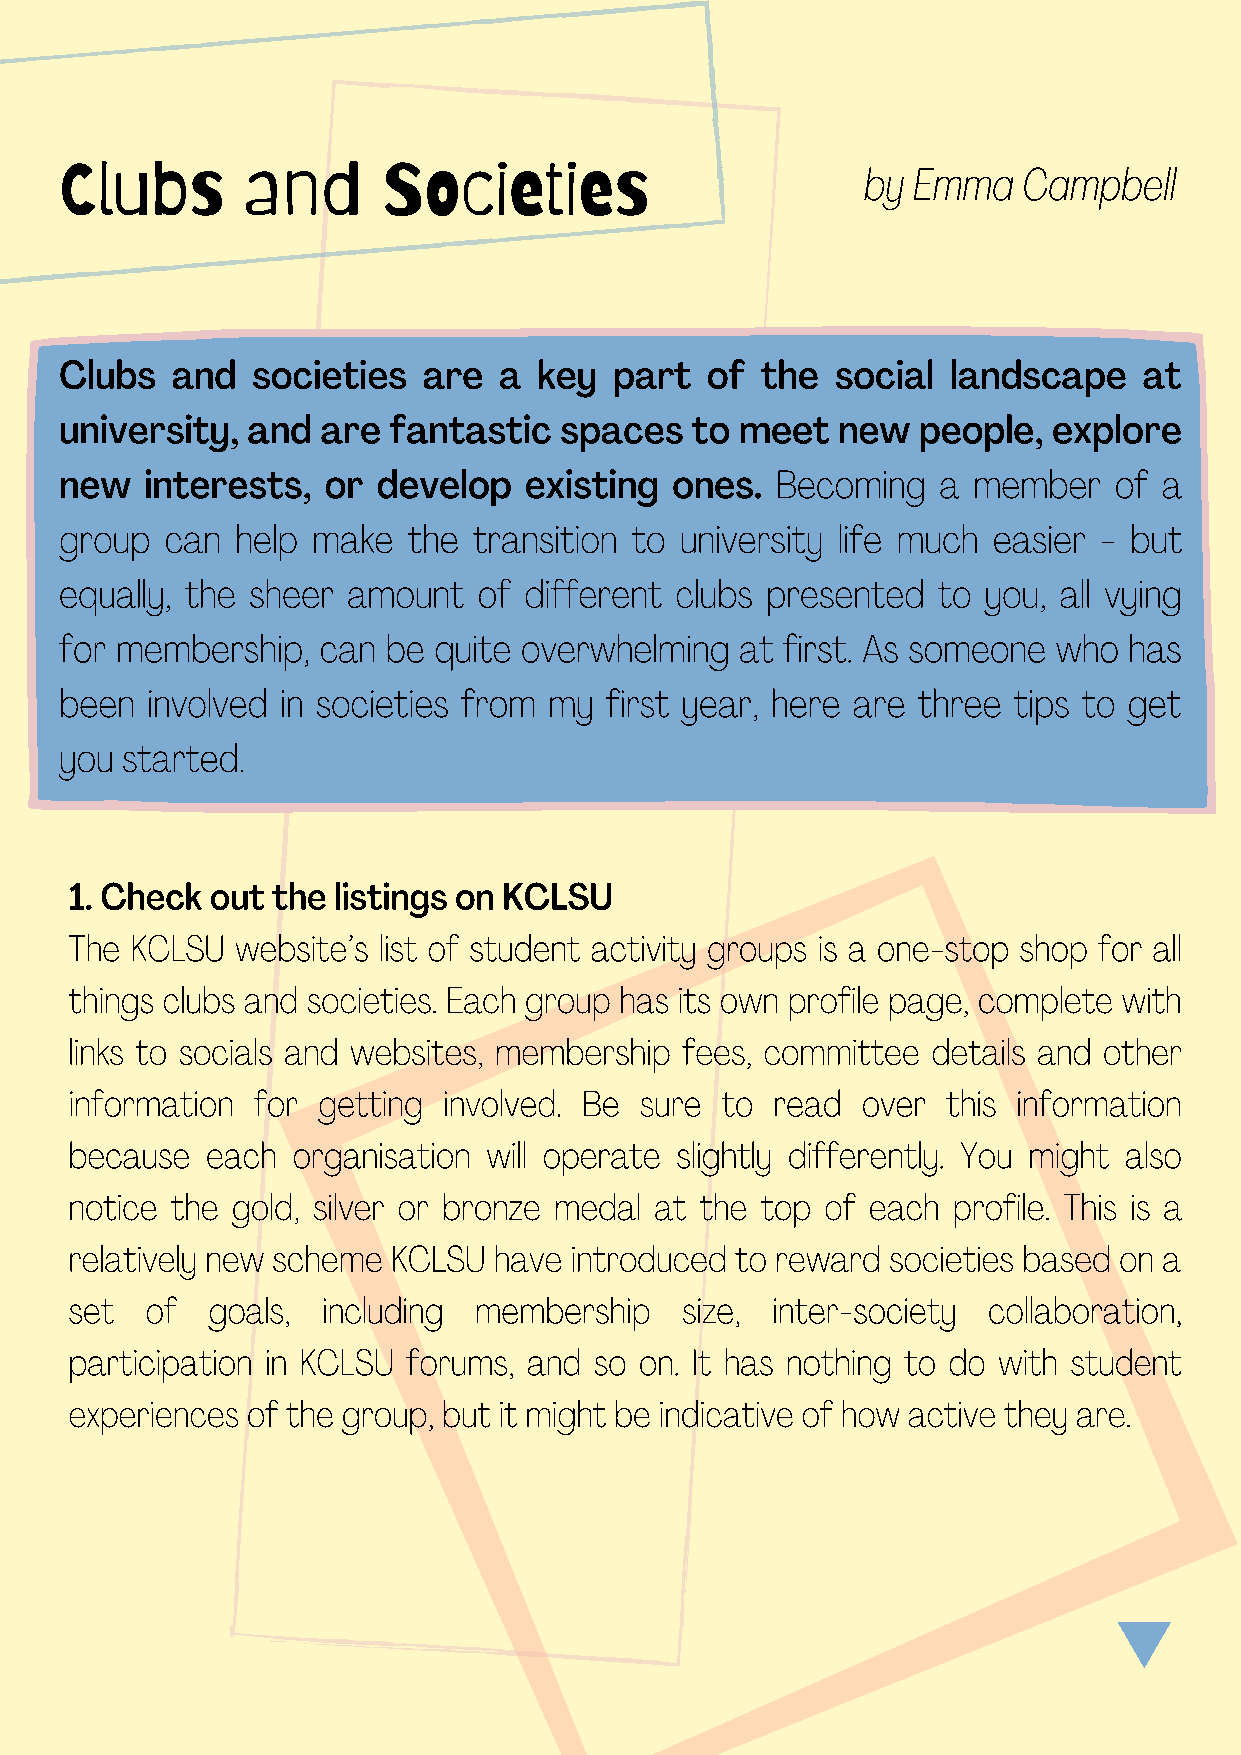
Clubs       and      Societies                       by Emma    Campbell
 Clubs  and   societies  are  a  key  part  of the  social  landscape    at
 university, and  are  fantastic  spaces   to meet  new   people,  explore
 new   interests, or  develop   existing ones.  Becoming   a member    of a
 group  can  help make  the transition to university life much easier - but
 equally, the sheer amount   of different clubs presented  to you, all vying
 for membership,  can  be quite overwhelming  at first. As someone who  has
 been  involved in societies from my first year, here are three tips to get
 you started.
 1. Check out the listings on KCLSU
 The KCLSU  website’s list of student activity groups is a one-stop shop for all
 things clubs and societies. Each group has its own profile page, complete with
 links to socials and websites, membership fees, committee details and other
 information for getting involved. Be sure  to read  over  this information
 because  each organisation will operate slightly differently. You might also
 notice the gold, silver or bronze medal at the top of each profile. This is a
 relatively new scheme KCLSU have introduced to reward societies based on a
 set  of  goals, including membership    size, inter-society collaboration,
 participation in KCLSU forums, and so on. It has nothing to do with student
 experiences of the group, but it might be indicative of how active they are.